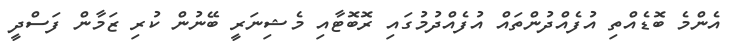
އެންމެ ބޮޑެއްތި އުފެއްދުންތައް އުފެއްދުމުގައި ރޮބޮޓާއި މެޝިނަރީ ބޭނުން ކުރި ޒަމާން ފަސްދީ